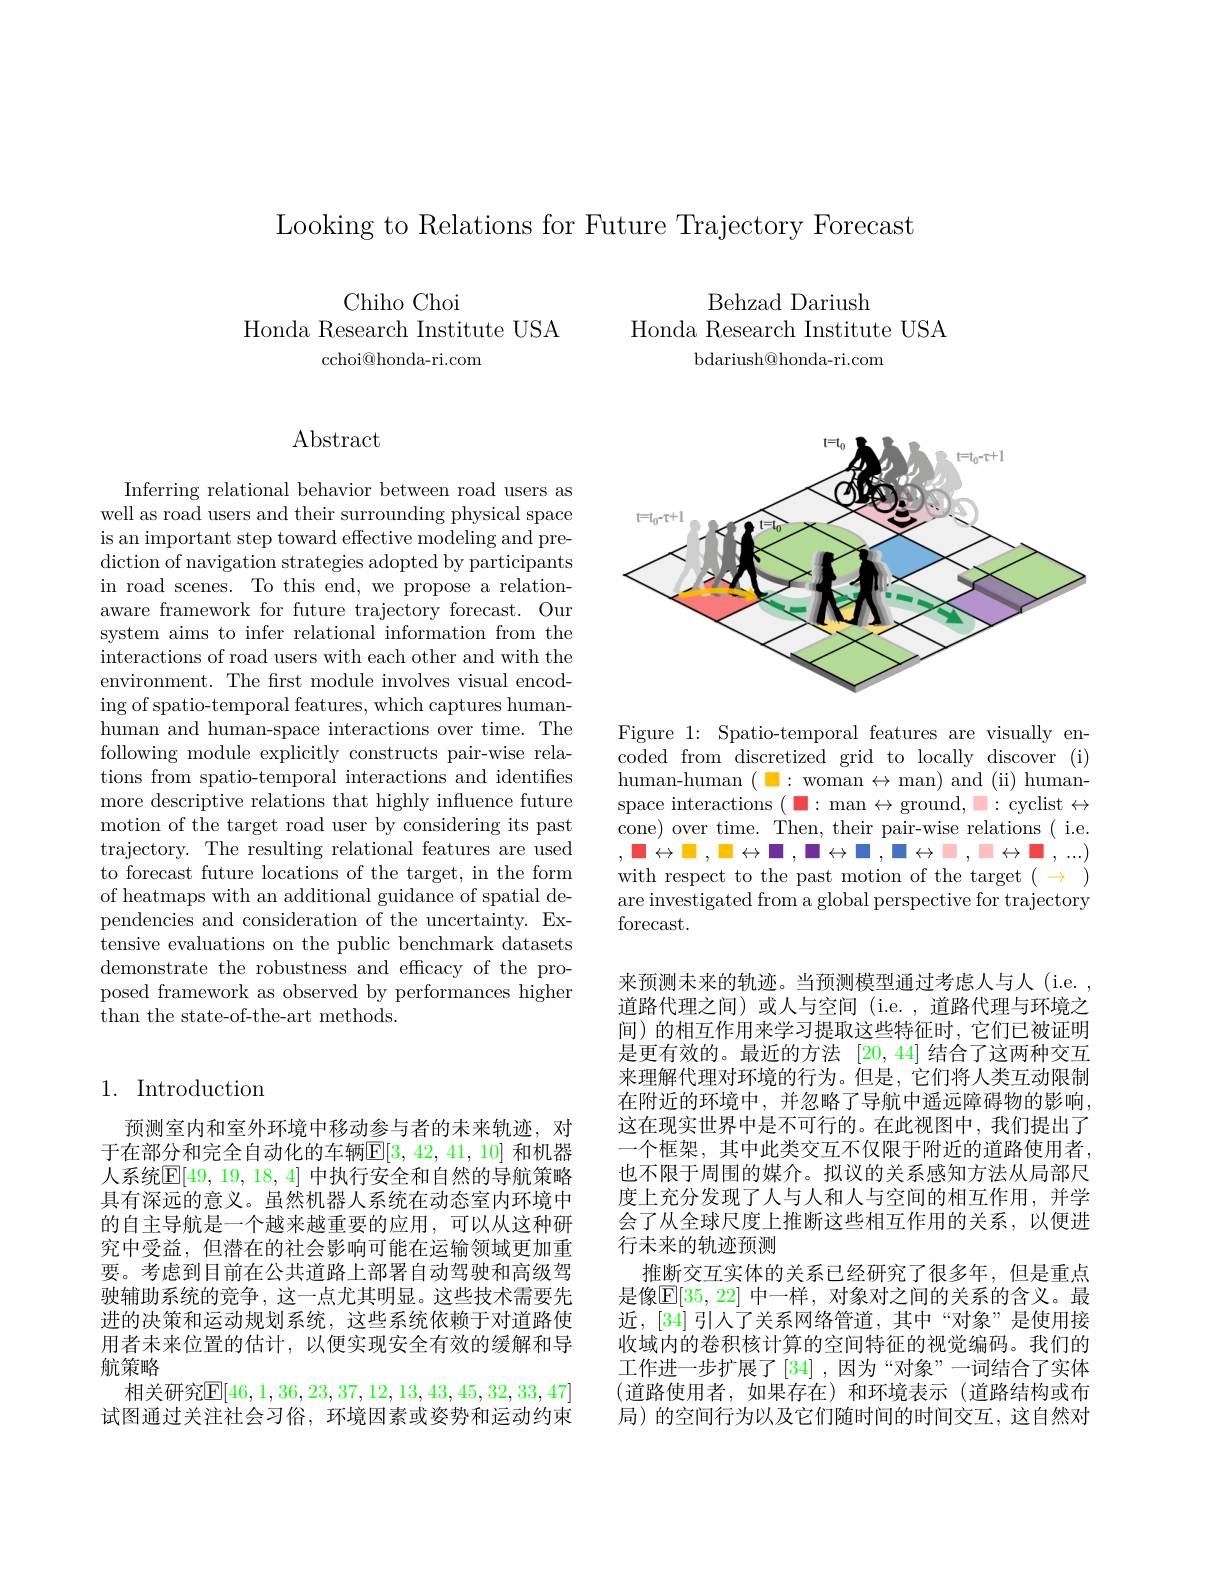
Looking to Relations for Future Trajectory Forecast

Chiho Choi
Honda Research Institute USA
cchoi@honda-ri.com

Behzad Dariush
Honda Research Institute USA
bdariush@honda-ri.com

Abstract

Inferring relational behavior between road users as well as road users and their surrounding physical space is an important step toward effective modeling and prediction of navigation strategies adopted by participants in road scenes. To this end, we propose a relationaware framework for future trajectory forecast. Our system aims to infer relational information from the interactions of road users with each other and with the environment. The first module involves visual encoding of spatio-temporal features, which captures humanhuman and human-space interactions over time. The following module explicitly constructs pair-wise relations from spatio-temporal interactions and identifies more descriptive relations that highly influence future motion of the target road user by considering its past trajectory. The resulting relational features are used to forecast future locations of the target, in the form of heatmaps with an additional guidance of spatial dependencies and consideration of the uncertainty. Extensive evaluations on the public benchmark datasets demonstrate the robustness and efficacy of the proposed framework as observed by performances higher than the state- of- the- art methods.

## 1. Introduction

预测室内和室外环境中移动参与者的未来轨迹，对于在部分和完全自动化的车辆$\mathbb{E}[3,42,41,10]$ 和机器人系统$\mathbb{E}[49,19,18,4]$ 中执行安全和自然的导航策略具有深远的意义。虽然机器人系统在动态室内环境中的自主导航是一个越来越重要的应用，可以从这种研究中受益，但潜在的社会影响可能在运输领域更加重要。考虑到目前在公共道路上部署自动驾驶和高级驾驶辅助系统的竞争，这一点尤其明显。这些技术需要先进的决策和运动规划系统，这些系统依赖于对道路使用者未来位置的估计，以便实现安全有效的缓解和导航策略
相关研究$\mathbb{E}[46,1,36,23,37,12,13,43,45,32,33,47]$ 试图通过关注社会习俗，环境因素或姿势和运动约束

<FigureHere>

Figure 1: Spatio-temporal features are visually encoded from discretized grid to locally discover (i) human-human ( : woman$\leftrightarrow$ man) and (ii) humanspace interactions ( - : man $\leftrightarrow$ground, =: cyclist$\leftrightarrow$ cone) over time. Then, their pair-wise relations( i.e. , $\mapsto$ , $\mapsto$ , $\mapsto$ , $\blacksquare \leftrightarrow$ , $\blacksquare \leftrightarrow$ , $\blacksquare \leftrightarrow$ , ...) with respect to the past motion of the target $(\rightarrow)$ are investigated from a global perspective for trajectory forecast.

来预测未来的轨迹。当预测模型通过考虑人与人(i.e. , 道路代理之间)或人与空间(i.e.,道路代理与环境之间)的相互作用来学习提取这些特征时，它们已被证明是更有效的。最近的方法 [20,44] 结合了这两种交互来理解代理对环境的行为。但是，它们将人类互动限制在附近的环境中，并忽略了导航中遥远障碍物的影响， 这在现实世界中是不可行的。在此视图中，我们提出了一个框架，其中此类交互不仅限于附近的道路使用者， 也不限于周围的媒介。拟议的关系感知方法从局部尺度上充分发现了人与人和人与空间的相互作用，并学会了从全球尺度上推断这些相互作用的关系，以便进行未来的轨迹预测
推断交互实体的关系已经研究了很多年，但是重点是像$\overline{\mathrm{E}}[35,22]$ 中一样，对象对之间的关系的含义。最近，[34] 引人了关系网络管道，其中“对象”是使用接收域内的卷积核计算的空间特征的视觉编码。我们的工作进一步扩展了[34],因为“对象”一词结合了实体(道路使用者，如果存在)和环境表示(道路结构或布局) 的空间行为以及它们随时间的时间交互，这自然对